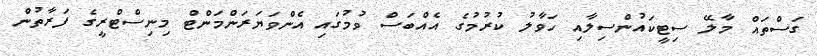
ގަސްތައް މާލޭ ސިޓީކައުންސިލާއި ހަވާލު ކުރުމުގެ އެއްބަސް ވުމުގައި އެންވަޔަރަންމަންޓް މިނިސްޓްރީގެ ފަރާތުން